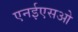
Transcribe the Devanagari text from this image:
एनईएसओ